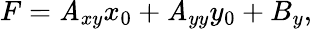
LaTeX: F=\mathit{A}_{xy}x_{0}+\mathit{A}_{yy}y_{0}+B_{y},